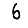
Digit: 6